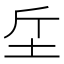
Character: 𣂓